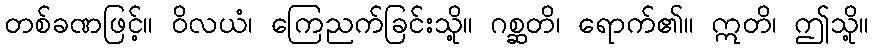
တစ်ခဏဖြင့်။ ဝိလယံ၊ ကြေညက်ခြင်းသို့။ ဂစ္ဆတိ၊ ရောက်၏။ ဣတိ၊ ဤသို့။